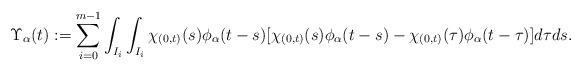
LaTeX: \begin{align*}\Upsilon_\alpha(t):=\sum_{i=0}^{m-1} \int_{I_i}\int_{I_i} \chi_{(0,t)}(s)\phi_\alpha(t-s)[\chi_{(0,t)}(s)\phi_\alpha(t-s)-\chi_{(0,t)}(\tau)\phi_\alpha(t-\tau)]d\tau ds.\end{align*}